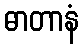
ဓာတာနံ